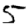
Digit: 5